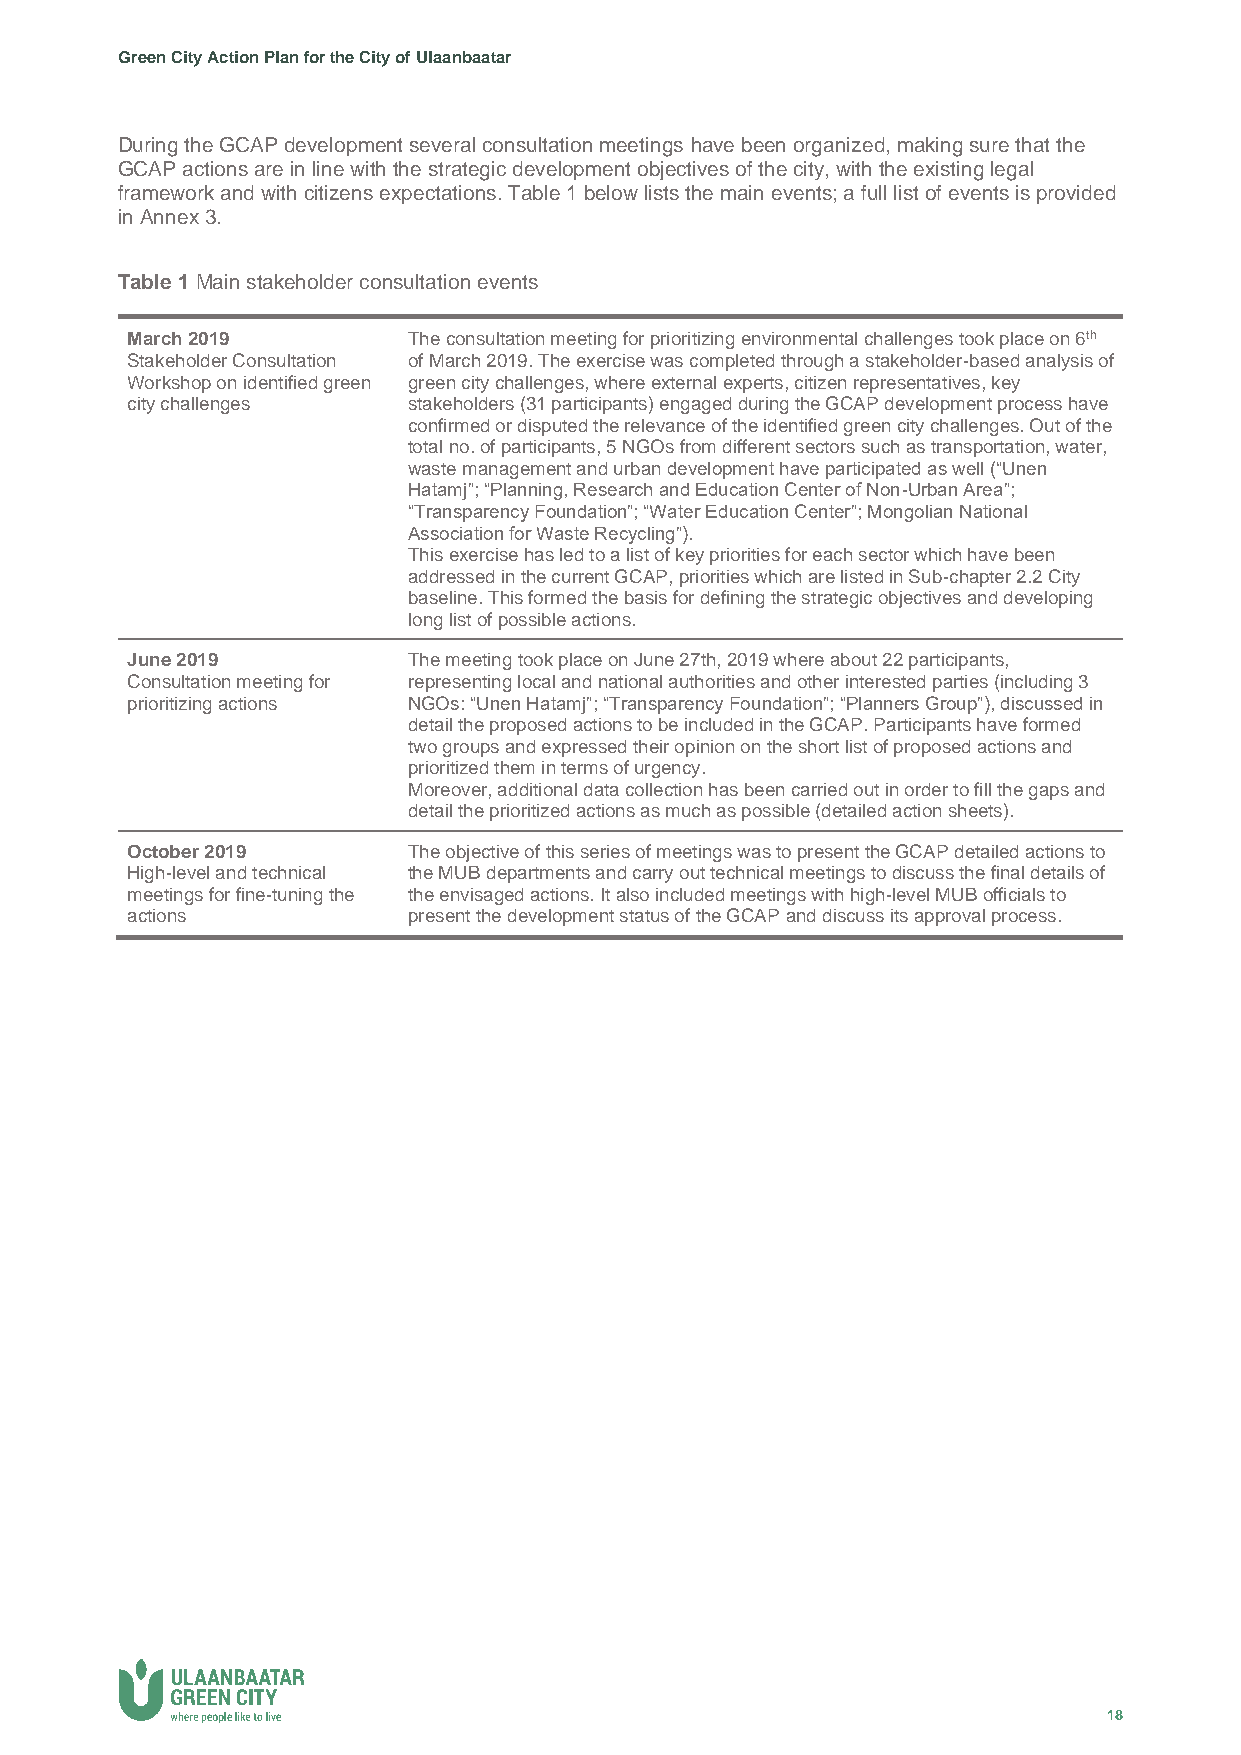
Green City Action Plan for the City of Ulaanbaatar
 During the GCAP development several consultation meetings have been organized, making sure that the
 GCAP actions are in line with the strategic development objectives of the city, with the existing legal
 framework and with citizens expectations. Table 1 below lists the main events; a full list of events is provided
 in Annex 3.
 Table 1 Main stakeholder consultation events
 March 2019         The consultation meeting for prioritizing environmental challenges took place on 6th
 Stakeholder Consultation of March 2019. The exercise was completed through a stakeholder-based analysis of
 Workshop on identified green green city challenges, where external experts, citizen representatives, key
 city challenges    stakeholders (31 participants) engaged during the GCAP development process have
 confirmed or disputed the relevance of the identified green city challenges. Out of the
 total no. of participants, 5 NGOs from different sectors such as transportation, water,
 waste management and urban development have participated as well (“Unen
 Hatamj”; “Planning, Research and Education Center of Non-Urban Area”;
 “Transparency Foundation”; “Water Education Center”; Mongolian National
 Association for Waste Recycling”).
 This exercise has led to a list of key priorities for each sector which have been
 addressed in the current GCAP, priorities which are listed in Sub-chapter 2.2 City
 baseline. This formed the basis for defining the strategic objectives and developing
 long list of possible actions.
 June 2019          The meeting took place on June 27th, 2019 where about 22 participants,
 Consultation meeting for representing local and national authorities and other interested parties (including 3
 prioritizing actions NGOs: “Unen Hatamj”; “Transparency Foundation”; “Planners Group”), discussed in
 detail the proposed actions to be included in the GCAP. Participants have formed
 two groups and expressed their opinion on the short list of proposed actions and
 prioritized them in terms of urgency.
 Moreover, additional data collection has been carried out in order to fill the gaps and
 detail the prioritized actions as much as possible (detailed action sheets).
 October 2019       The objective of this series of meetings was to present the GCAP detailed actions to
 High-level and technical the MUB departments and carry out technical meetings to discuss the final details of
 meetings for fine-tuning the the envisaged actions. It also included meetings with high-level MUB officials to
 actions            present the development status of the GCAP and discuss its approval process.
 18